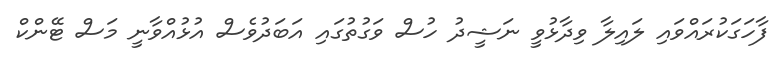
ފާހަގަކުރައްވައި ލައިލާ ވިދާޅުވީ ނަޝީދު ހުސް ވަގުތުގައި އަބަދުވެސް އުޅުއްވާނީ މަސް ޓޭންކް